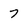
Character: 7